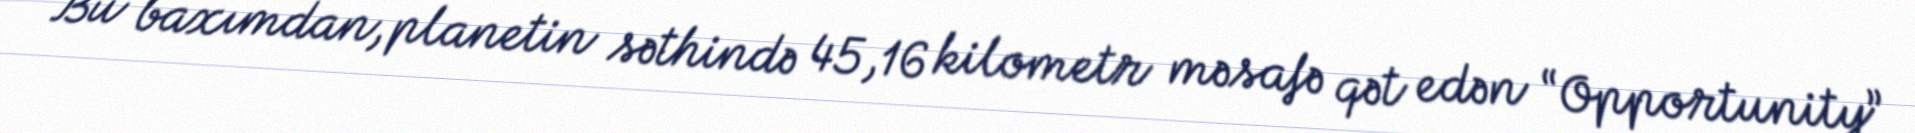
Bu baxımdan, planetin səthində 45,16 kilometr məsafə qət edən “Opportunity”